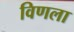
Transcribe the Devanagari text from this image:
विणला